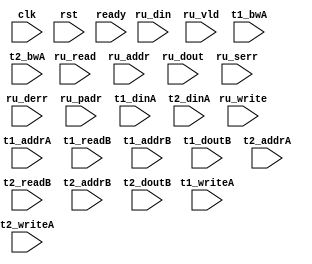
/*
 * Copyright (C) 2011 Memoir Systems Inc. These coded instructions, statements, and computer programs are
 * Confidential Proprietary Information of Memoir Systems Inc. and may not be disclosed to third parties
 * or copied in any form, in whole or in part, without the prior written consent of Memoir Systems Inc.
 * 
 * Generated File by Ipgen. Version: 3.3.UNKNOWN Date: Wed 2012.11.21 at 01:59:18 PM IST
 * */

module algo_2ru_a55_sva_wrap
#(parameter IP_WIDTH = 32, parameter IP_BITWIDTH = 5, parameter IP_DECCBITS = 7, parameter IP_NUMADDR = 8192, parameter IP_BITADDR = 13, 
parameter IP_NUMVBNK = 4,	parameter IP_BITVBNK = 2, parameter IP_BITPBNK = 3,
parameter IP_ENAECC = 0, parameter IP_ENAPAR = 0, parameter IP_SECCBITS = 4, parameter IP_SECCDWIDTH = 3, 
parameter FLOPECC = 1, parameter FLOPIN = 0, parameter FLOPOUT = 0, parameter FLOPCMD = 0, parameter FLOPMEM = 0,
parameter IP_REFRESH = 1, parameter IP_REFFREQ = 6,  parameter IP_REFFRHF = 0,

parameter T1_WIDTH = 32, parameter T1_NUMVBNK = 8, parameter T1_BITVBNK = 3, parameter T1_DELAY = 1, parameter T1_NUMVROW = 2048, parameter T1_BITVROW = 11,
parameter T1_BITWSPF = 0, parameter T1_NUMWRDS = 2, parameter T1_BITWRDS = 1, parameter T1_NUMSROW = 1024, parameter T1_BITSROW = 10, parameter T1_PHYWDTH = 64,
parameter T2_WIDTH = 32, parameter T2_NUMVBNK = 2, parameter T2_BITVBNK = 1, parameter T2_DELAY = 1, parameter T2_NUMVROW = 2048, parameter T2_BITVROW = 11,
parameter T2_BITWSPF = 0, parameter T2_NUMWRDS = 2, parameter T2_BITWRDS = 1, parameter T2_NUMSROW = 1024, parameter T2_BITSROW = 10, parameter T2_PHYWDTH = 64)
( clk,  rst,  ready,
  ru_read, ru_write, ru_addr, ru_din, ru_vld, ru_dout, ru_serr, ru_derr, ru_padr,
  t1_writeA,   t1_addrA,   t1_dinA,    t1_bwA,   t1_readB,    t1_addrB,   t1_doutB,
  t2_writeA,   t2_addrA,   t2_dinA,    t2_bwA,   t2_readB,    t2_addrB,   t2_doutB);
  
  parameter WIDTH = IP_WIDTH;
  parameter BITWDTH = IP_BITWIDTH;
  parameter ENAPAR = IP_ENAPAR;
  parameter ENAECC = IP_ENAECC;
  parameter ECCWDTH = IP_DECCBITS;
  parameter NUMADDR = IP_NUMADDR;
  parameter BITADDR = IP_BITADDR;
  parameter NUMVROW = T1_NUMVROW;
  parameter BITVROW = T1_BITVROW;
  parameter NUMVBNK = IP_NUMVBNK;
  parameter BITVBNK = IP_BITVBNK;
  parameter NUMPBNK = IP_NUMVBNK + 1;
  parameter BITPBNK = IP_BITPBNK;
  parameter NUMWRDS = T1_NUMWRDS;      // ALIGN Parameters
  parameter BITWRDS = T1_BITWRDS;
  parameter NUMSROW = T1_NUMSROW;
  parameter BITSROW = T1_BITSROW;
  parameter MEMWDTH = ENAPAR ? WIDTH+1 : ENAECC ? WIDTH+ECCWDTH : WIDTH;
  parameter PHYWDTH = T1_PHYWDTH;
  parameter SRAM_DELAY = 1;
  parameter DRAM_DELAY = T1_DELAY;
  parameter NUMRUPT = 2;
  
  parameter BITPADR = BITPBNK+BITSROW+BITWRDS+1;

  parameter BITMAPT = BITPBNK*NUMVBNK;
  
  input [NUMRUPT-1:0]                        ru_read;
  input [NUMRUPT-1:0]                        ru_write;
  input [NUMRUPT*BITADDR-1:0]                ru_addr;
  input [NUMRUPT*WIDTH-1:0]                  ru_din;
  input [NUMRUPT-1:0]                       ru_vld;
  input [NUMRUPT*WIDTH-1:0]                 ru_dout;
  input [NUMRUPT-1:0]                       ru_serr;
  input [NUMRUPT-1:0]                       ru_derr;
  input [NUMRUPT*BITPADR-1:0]               ru_padr;

  input                               ready;
  input                                clk, rst;

  input [T1_NUMVBNK-1:0] t1_writeA;
  input [T1_NUMVBNK*BITSROW-1:0] t1_addrA;
  input [T1_NUMVBNK*PHYWDTH-1:0] t1_bwA;
  input [T1_NUMVBNK*PHYWDTH-1:0] t1_dinA;
  input [T1_NUMVBNK-1:0] t1_readB;
  input [T1_NUMVBNK*BITSROW-1:0] t1_addrB;
  input  [T1_NUMVBNK*PHYWDTH-1:0] t1_doutB;

  input [T2_NUMVBNK-1:0] t2_writeA;
  input [T2_NUMVBNK*BITSROW-1:0] t2_addrA;
  input [T2_NUMVBNK*PHYWDTH-1:0] t2_bwA;
  input [T2_NUMVBNK*PHYWDTH-1:0] t2_dinA;
  input [T2_NUMVBNK-1:0] t2_readB;
  input [T2_NUMVBNK*BITSROW-1:0] t2_addrB;
  input  [T2_NUMVBNK*PHYWDTH-1:0] t2_doutB;

endmodule